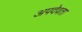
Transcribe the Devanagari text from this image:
अपदेवता